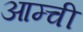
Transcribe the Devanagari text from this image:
आम्ची